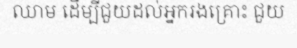
ឈាម ដើម្បីជួយដល់អ្នករងគ្រោះ ជួយ